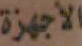
الأجهزة